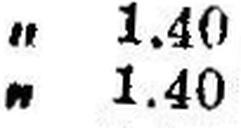
„ 1.40